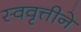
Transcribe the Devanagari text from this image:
स्ववृत्तीने